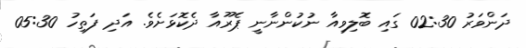
ދަންވަރު 02:30 ގައި ބޮލިވިއާ ނުކުންނާނީ ޕެރޫއާ ދެކޮޅަށެވެ. އަދި ފަތިހު 05:30